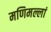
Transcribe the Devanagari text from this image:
मणिमल्लां